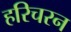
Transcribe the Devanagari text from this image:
हरिचरन